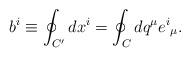
LaTeX: \begin{align*}b^ i \equiv\oint_{C'} dx^i=\oint_{C} dq^ \mu e^i{}_ \mu .\end{align*}